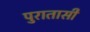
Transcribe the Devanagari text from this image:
पुरातासी